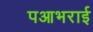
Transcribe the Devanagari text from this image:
पआभराई